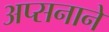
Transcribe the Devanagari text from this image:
अप्सनाने